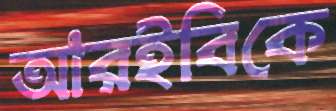
আরইবিকে